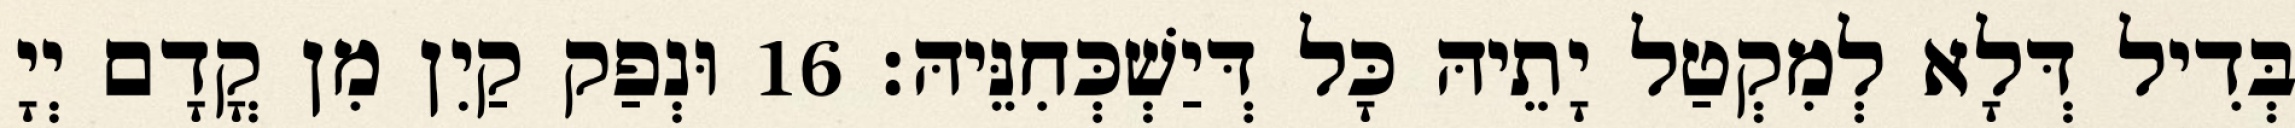
בְּדִיל דְּלָא לְמִקְטַל יָתֵיהּ כָּל דְּיַשְׁכְּחִנֵּיהּ׃ 16 וּנְפַק קַיִן מִן קֳדָם יְיָ